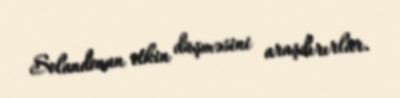
Solandonun itkin düşməsini araşdırırlar.